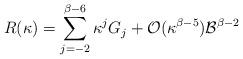
LaTeX: \begin{align*}R(\kappa)=\sum_{j=-2}^{\beta-6}\kappa^jG_j+\mathcal{O}(\kappa^{\beta-5})\mathcal B^{\beta-2}\end{align*}